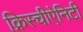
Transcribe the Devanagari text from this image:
क्रिस्चीऐनिटी